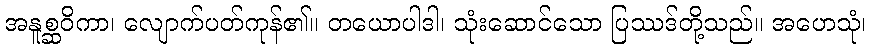
အနူစ္ဆဝိကာ၊ လျောက်ပတ်ကုန်၏။ တယောပါဒါ၊ သုံးဆောင်သော ပြဿဒ်တို့သည်။ အဟေသုံ၊